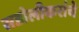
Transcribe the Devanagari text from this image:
सडोलीकरांचे